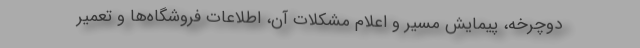
دوچرخه، پیمایش مسیر و اعلام مشکلات آن، اطلاعات فروشگاه‌ها و تعمیر